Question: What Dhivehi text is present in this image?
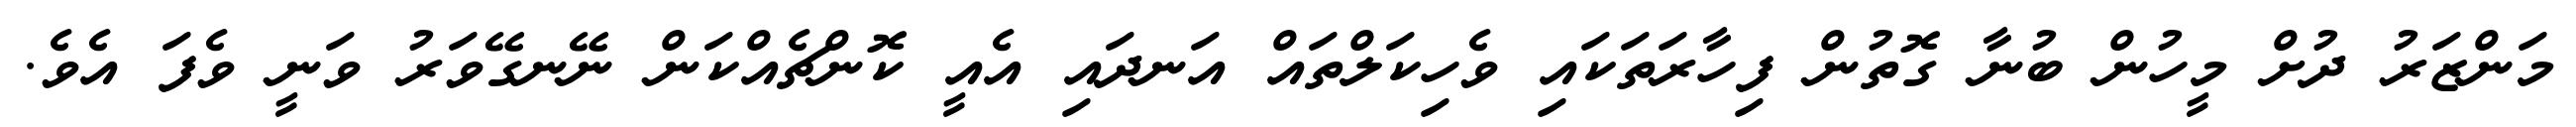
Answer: މަންޒަރު ދުށް މީހުން ބުނާ ގޮތުން ފިހާރަތަކައި ވެހިކަލްތައް އަނދައި އެއީ ކޮންޗެއްކަން ނޭނގޭވަރު ވަނީ ވެފަ އެވެ.